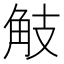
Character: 𧣄